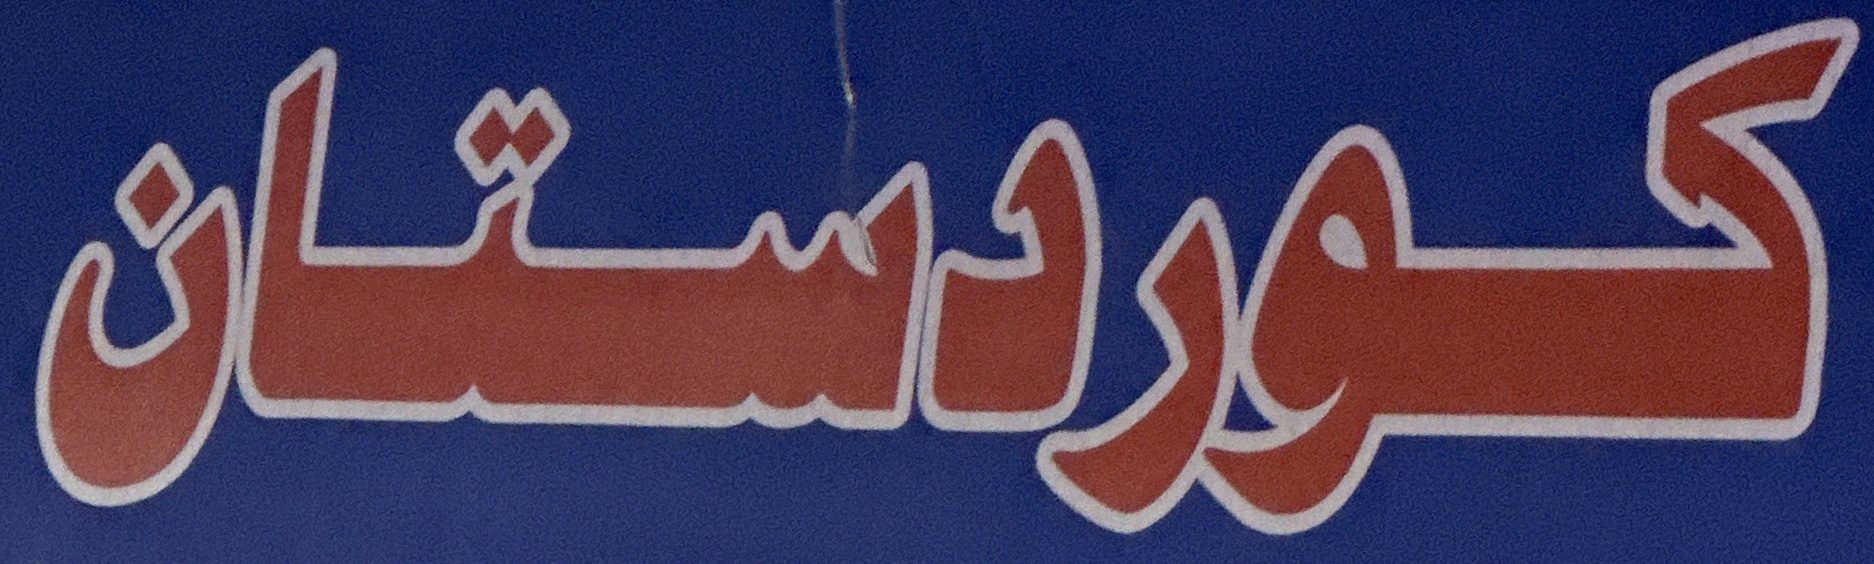
كوردستان